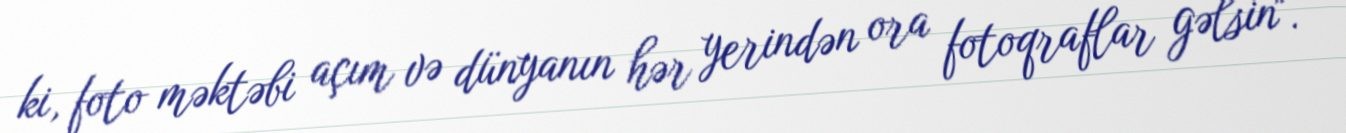
ki, foto məktəbi açım və dünyanın hər yerindən ora fotoqraflar gəlsin".